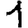
Digit: 1